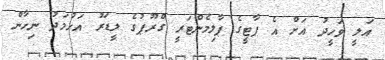
އަލީ ވަހީދު އަށް އެ ޕާޓީގެ ޕާލިމެންޓަރީ ގްރޫޕުގެ ލީޑަރު އަހުމަދު ނިހާން